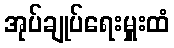
အုပ်ချုပ်ရေးမှူးထံ